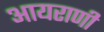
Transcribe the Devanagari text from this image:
आयराणी